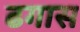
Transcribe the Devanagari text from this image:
ढगास